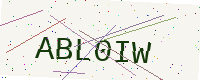
Text: ABL0IW